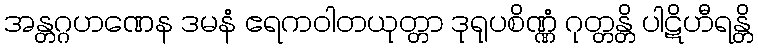
အန္တဂ္ဂဟဏေန ဒမနံ ဧရကဝါတယုတ္တာ ဒုရုပစိဏ္ဏံ ဂုတ္တန္တိ ပါဋိဟီရန္တိ